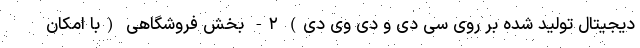
دیجیتال تولید شده بر روی سی دی و دی وی دی) ۲- بخش فروشگاهی (با امکان